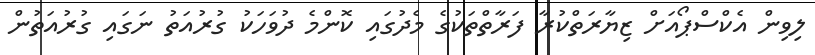
ލިވިން އެކްސްޕޯއަށް ޒިޔާރަތްކުރާ ފަރާތްތަކުގެ މެދުގައި ކޮންމެ ދުވަހަކު ގުރުއަތު ނަގައި ގުރުއަތުން